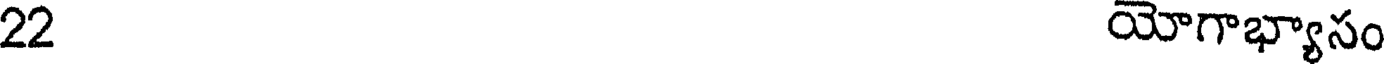
22 యోగాభ్యాసం